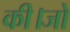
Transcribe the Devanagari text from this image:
की।जो